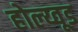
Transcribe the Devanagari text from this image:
होल्य्वूड